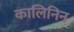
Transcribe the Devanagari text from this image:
कालिनिन